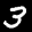
Label: 3